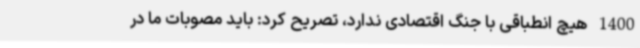
1400 هیچ انطباقی با جنگ اقتصادی ندارد، تصریح کرد: باید مصوبات ما در